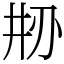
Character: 刱